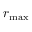
r _ { \mathrm { m a x } }